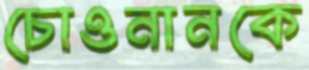
চোওনানকে